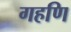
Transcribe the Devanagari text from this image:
गहणि